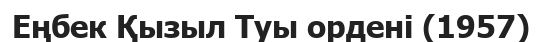
Еңбек Қызыл Туы ордені (1957)